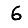
Digit: 6